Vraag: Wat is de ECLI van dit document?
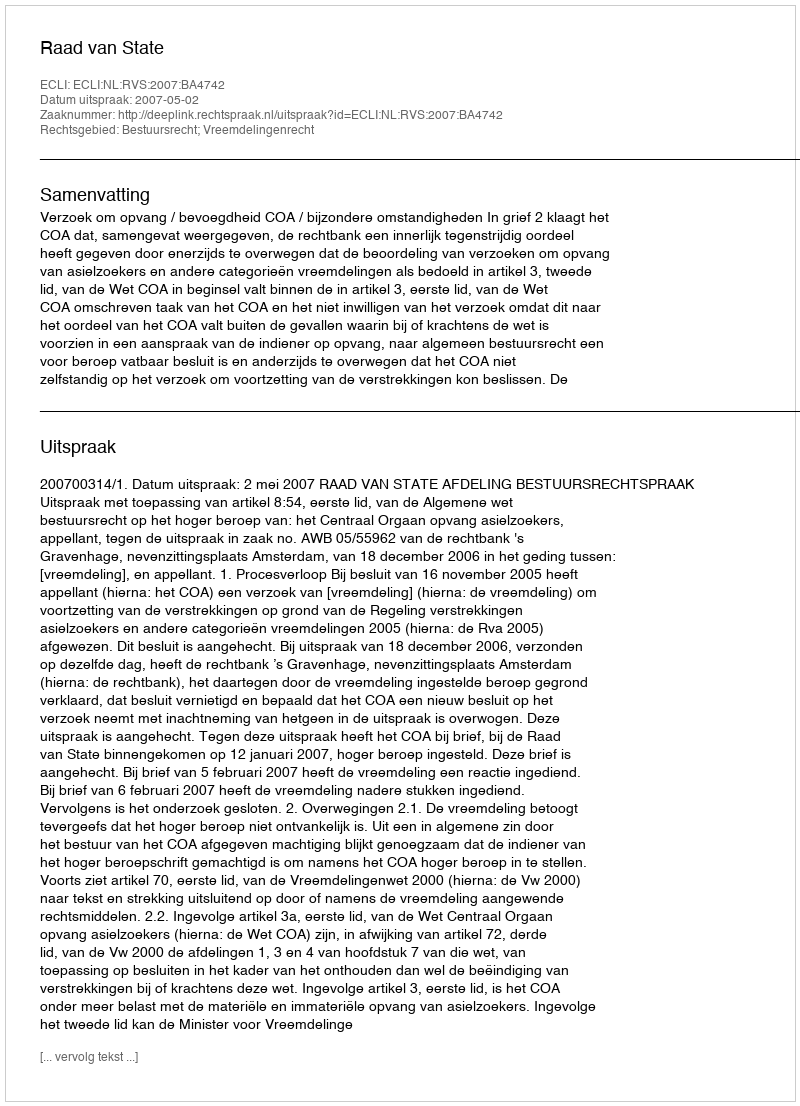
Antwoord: ECLI:NL:RVS:2007:BA4742